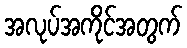
အလုပ်အကိုင်အတွက်